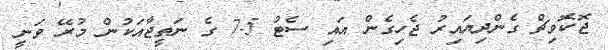
ޖޮކޮވިޗް ގެންދިޔައިރު ޖެހިގެން އައި ސެޓު 5-7 ގެ ނަތީޖާއަކުން މުރޭ ވަނީ